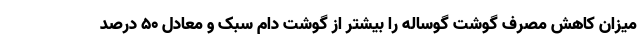
میزان کاهش مصرف گوشت گوساله را بیشتر از گوشت دام سبک و معادل 50 درصد